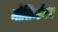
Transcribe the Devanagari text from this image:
मोलिब्डेंनम